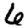
Digit: 6